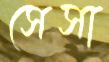
সেসা